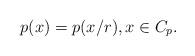
LaTeX: \begin{align*} p(x) = p(x/r), x \in C_p.\end{align*}